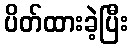
ပိတ်ထားခဲ့ပြီး